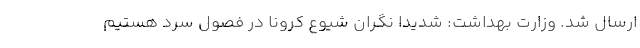
ارسال شد. وزارت بهداشت: شدیدا نگران شیوع کرونا در فصول سر‌د هستیم